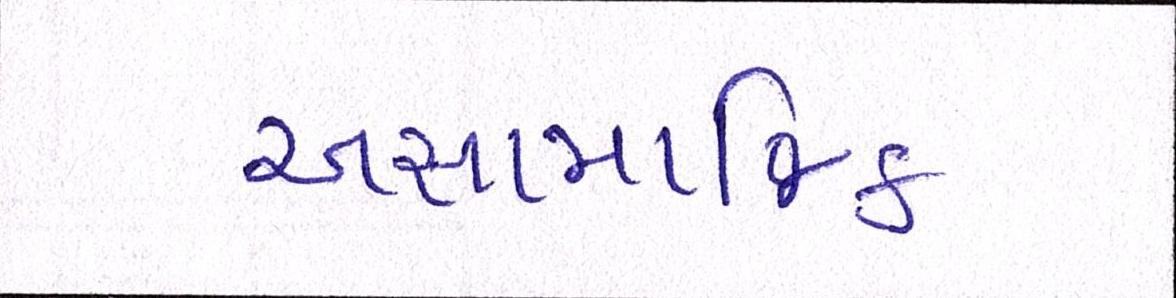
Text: અસામાજિક